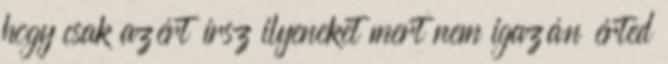
hogy csak azért írsz ilyeneket mert nem igazán érted